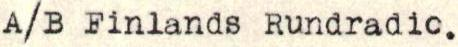
A/B Finlands Rundradio.